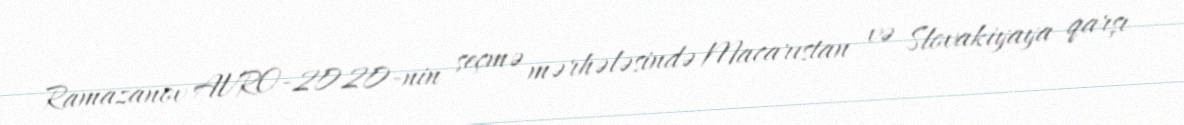
Ramazanov AVRO-2020-nin seçmə mərhələsində Macarıstan və Slovakiyaya qarşı